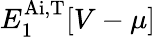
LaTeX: {E_{1}^{\mathrm{Ai,T}}[V-\mu]}